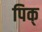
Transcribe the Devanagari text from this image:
पिक्